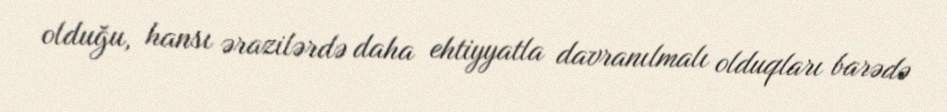
olduğu, hansı ərazilərdə daha ehtiyyatla davranılmalı olduqları barədə